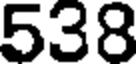
538